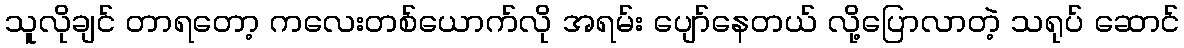
သူလိုချင် တာရတော့ ကလေးတစ်ယောက်လို အရမ်း ပျော်နေတယ် လို့ပြောလာတဲ့ သရုပ် ဆောင်